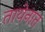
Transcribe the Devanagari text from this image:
तायेनात